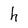
Character: h